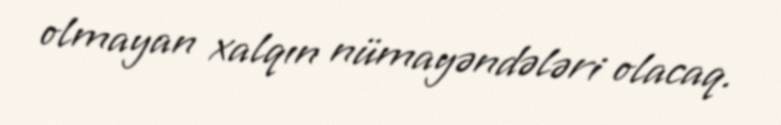
olmayan xalqın nümayəndələri olacaq.